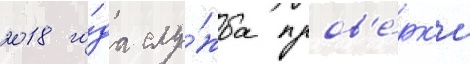
2018 го́да слу́жба пров'е́рк'и